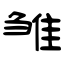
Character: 雏